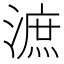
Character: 㵂